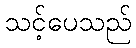
သင့်ပေသည်